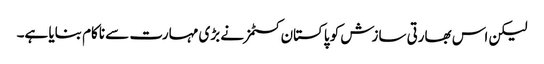
لیکن اس بھارتی سازش کو پاکستان کسٹمز نے بڑی مہارت سے ناکام بنایا ہے۔